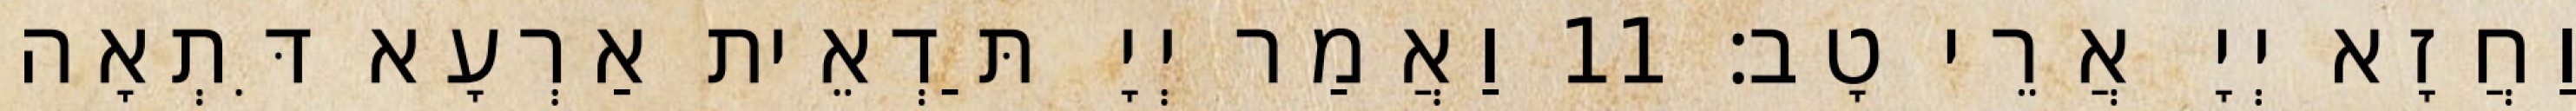
וַחֲזָא יְיָ אֲרֵי טָב׃ 11 וַאֲמַר יְיָ תַּדְאֵית אַרְעָא דִּתְאָה